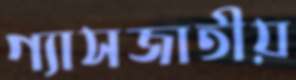
গ্যাসজাতীয়